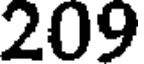
209